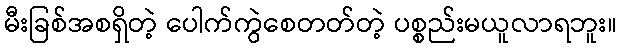
မီးခြစ်အစရှိတဲ့ ပေါက်ကွဲစေတတ်တဲ့ ပစ္စည်းမယူလာရဘူး။